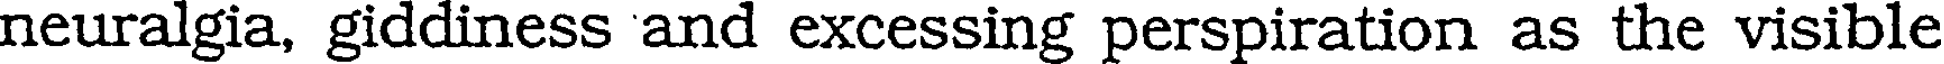
neuralgia, giddiness and excessing perspiration as the visible